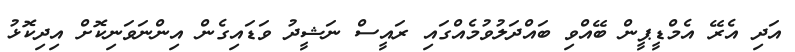
އަދި އެރޭ އެމްޑީޕީން ބޭއްވި ބައްދަލުވުމެއްގައި ރައީސް ނަޝީދު ވަޑައިގެން އިންނަވަނިކޮށް އިދިކޮޅު